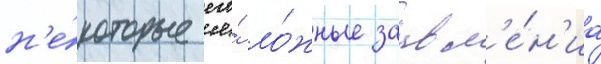
н'е́которые его́ ло́жные заавл'е́н'иа